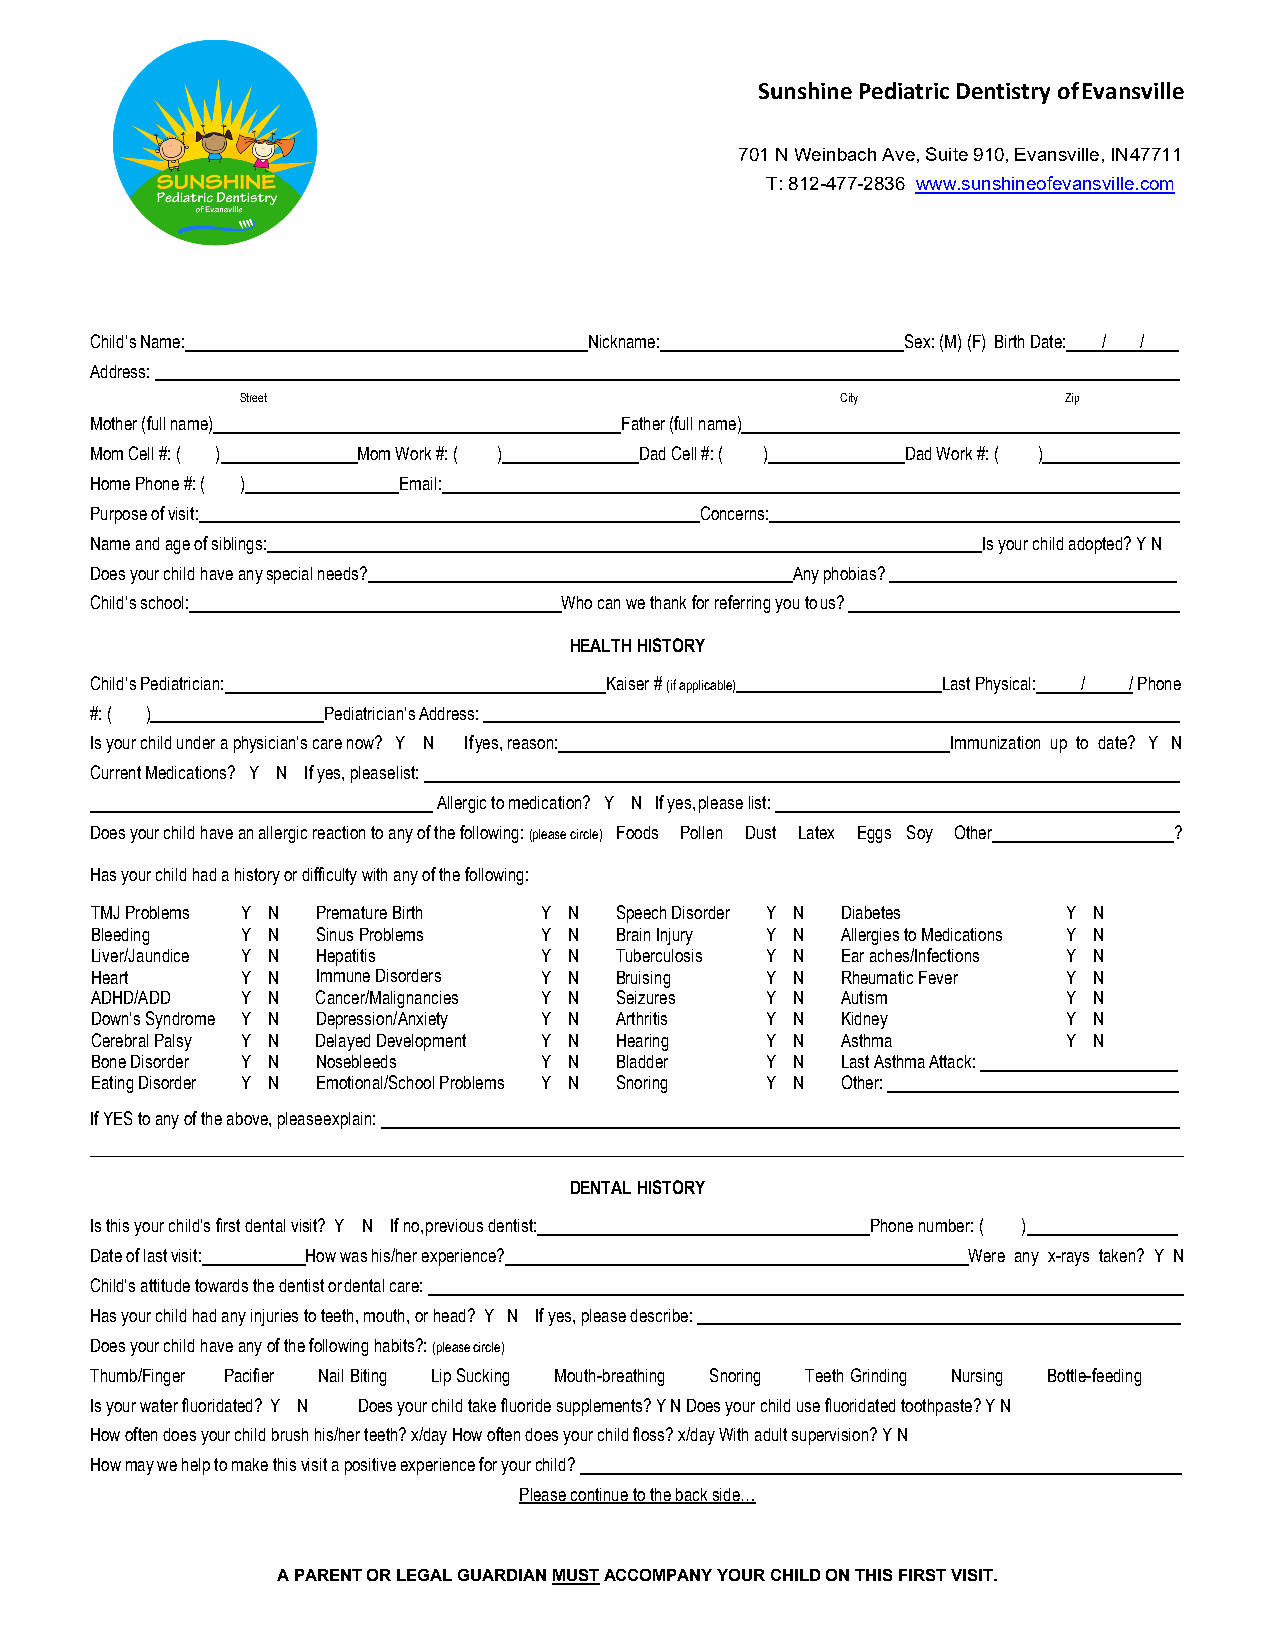
Sunshine Pediatric Dentistry of Evansville
 701 N Weinbach Ave, Suite 910, Evansville, IN 47711
 T: 812-477-2836 www.sunshineofevansville.com
 Child’s Name:                    Nickname:            Sex: (M) (F) Birth Date: / /
 Address:
 Street                                  City           Zip
 Mother (full name)                 Father (full name)
 Mom Cell #: ( )   Mom Work #: ( )   Dad Cell #: ( )   Dad Work #: ( )
 Home Phone #: ( )   Email:
 Purpose of visit:                       Concerns:
 Name and age of siblings:                                  Is your child adopted? Y N
 Does your child have any special needs?       Any phobias?
 Child’s school:                Who can we thank for referring you to us?
 HEALTH HISTORY
 Child’s Pediatrician:             Kaiser # (if applicable) Last Physical: / / Phone
 #: ( )         Pediatrician’s Address:
 Is your child under a physician’s care now? Y N If yes, reason: Immunization up to date? Y N
 Current Medications? Y N If yes, please list:
 Allergic to medication? Y N If yes, please list:
 Does your child have an allergic reaction to any of the following: (please circle) Foods Pollen Dust Latex Eggs Soy Other ?
 Has your child had a history or difficulty with any of the following:
 TMJ Problems Y N Premature Birth Y N Speech Disorder Y N Diabetes Y N
 Bleeding  Y N  Sinus Problems Y N  Brain Injury Y N Allergies to Medications Y N
 Liver/Jaundice Y N Hepatitis  Y N  Tuberculosis Y N Ear aches/Infections Y N
 Heart     Y N  Immune Disorders Y N Bruising Y N  Rheumatic Fever Y N
 ADHD/ADD  Y N  Cancer/Malignancies Y N Seizures Y N Autism       Y N
 Down’s Syndrome Y N Depression/Anxiety Y N Arthritis Y N Kidney  Y N
 Cerebral Palsy Y N Delayed Development Y N Hearing Y N Asthma    Y N
 Bone Disorder Y N Nosebleeds  Y N  Bladder   Y N  Last Asthma Attack:
 Eating Disorder Y N Emotional/School Problems Y N Snoring Y N Other:
 If YES to any of the above, please explain:
 DENTAL HISTORY
 Is this your child’s first dental visit? Y N If no, previous dentist: Phone number: ( )
 Date of last visit: How was his/her experience?           Were any x-rays taken? Y N
 Child’s attitude towards the dentist or dental care:
 Has your child had any injuries to teeth, mouth, or head? Y N If yes, please describe:
 Does your child have any of the following habits?: (please circle)
 Thumb/Finger Pacifier Nail Biting Lip Sucking Mouth-breathing Snoring Teeth Grinding Nursing Bottle-feeding
 Is your water fluoridated? Y N Does your child take fluoride supplements? Y N Does your child use fluoridated toothpaste? Y N
 How often does your child brush his/her teeth? x/day How often does your child floss? x/day With adult supervision? Y N
 How may we help to make this visit a positive experience for your child?
 Please continue to the back side…
 A PARENT OR LEGAL GUARDIAN MUST ACCOMPANY YOUR CHILD ON THIS FIRST VISIT.